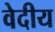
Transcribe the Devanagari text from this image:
वेदीय